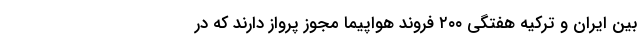
بین ایران و ترکیه هفتگی ۲۰۰ فروند هواپیما مجوز پرواز دارند که در